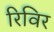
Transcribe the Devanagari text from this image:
रिविर